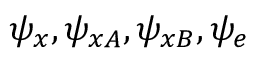
\psi _ { x } , \psi _ { x A } , \psi _ { x B } , \psi _ { e }